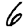
Digit: 6